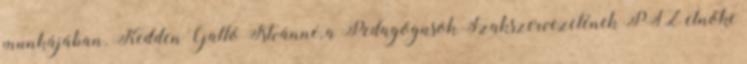
munkájában. Kedden Galló Istvánné, a Pedagógusok Szakszervezetének PSZ elnöke